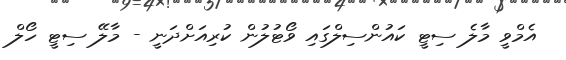
އެމްވީ މާލެ ސިޓީ ކައުންސިލްގައި ވޯޓުލުން ކުރިއަށްދަނީ - މާލޭ ސިޓީ ހޯލް